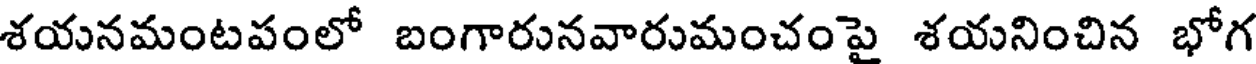
శయనమంటపంలో బంగారునవారుమంచంపై శయనించిన భోగ